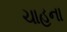
ચાહના